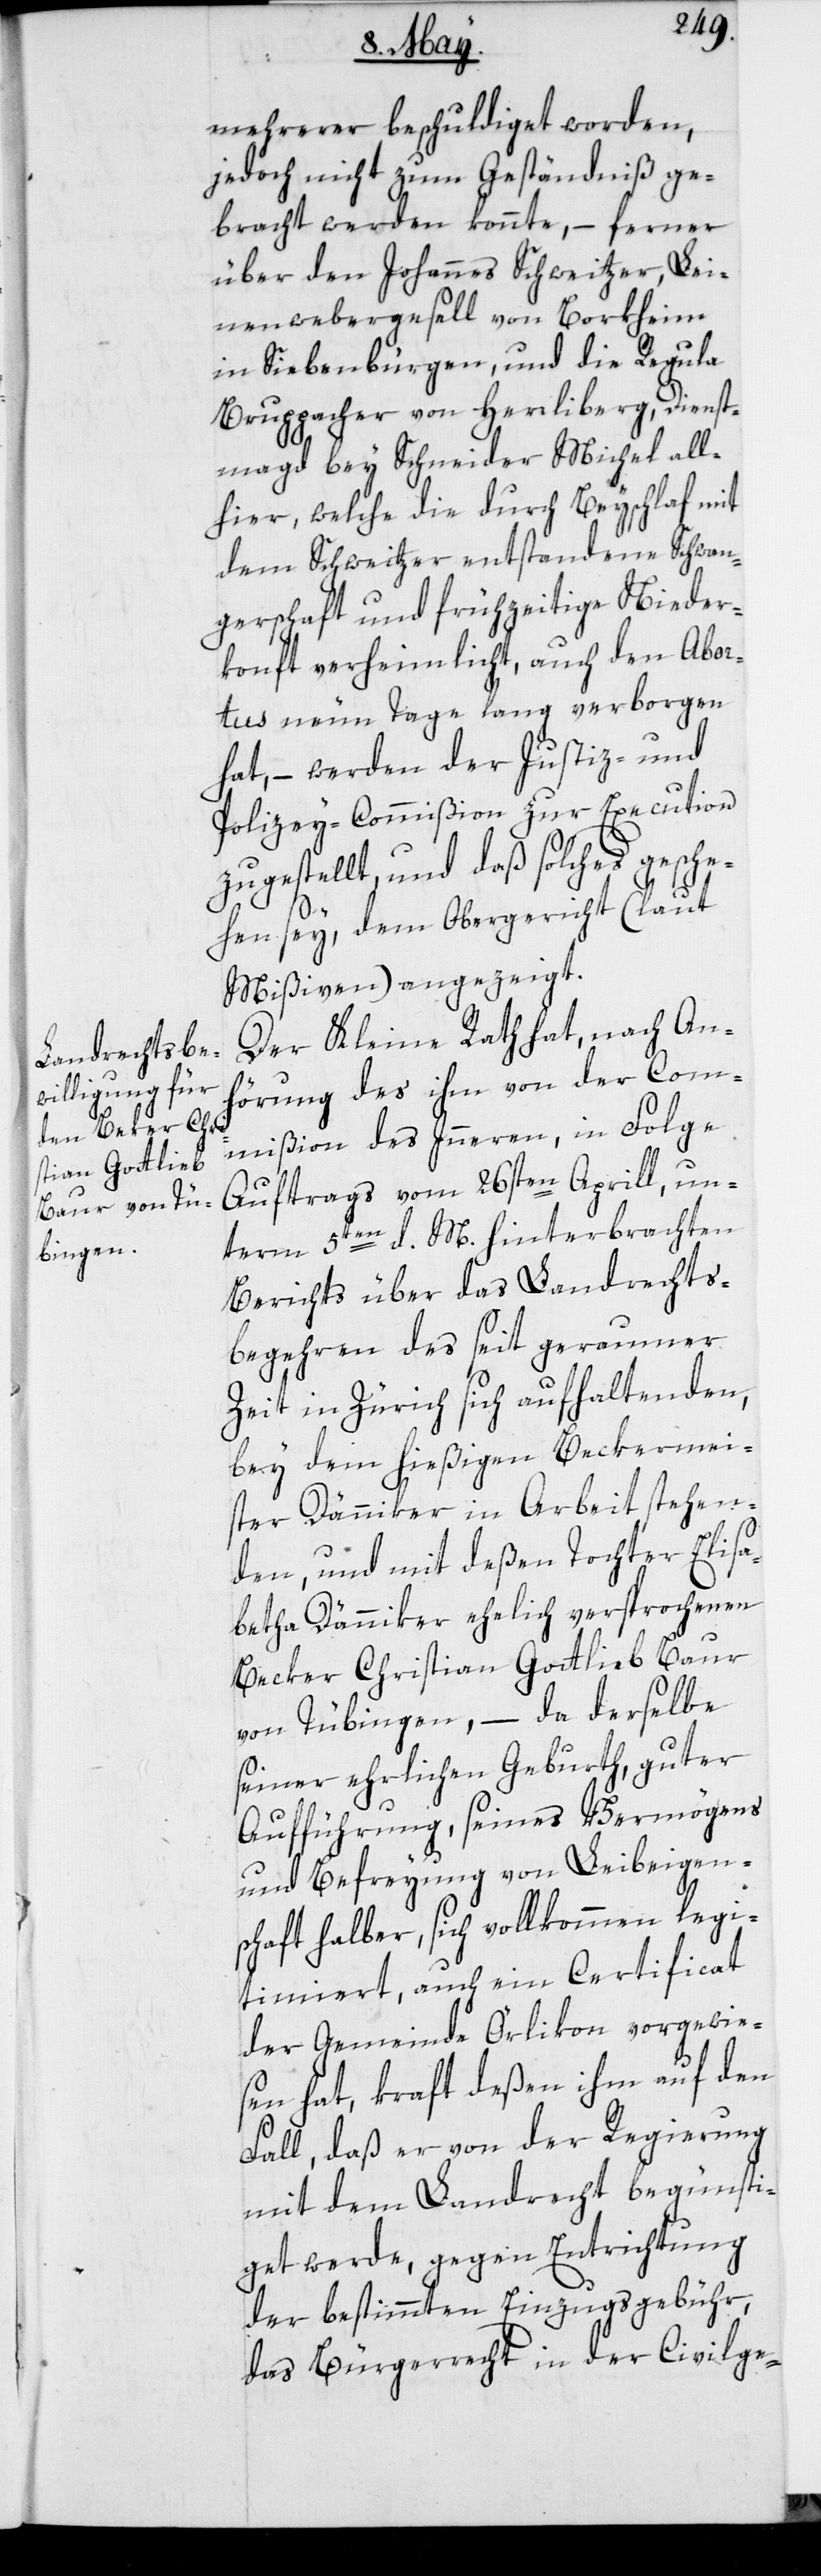
mehrerer beschuldigt worden,
jedoch nicht zum Geständniß ge¬
bracht werden konnte, – ferner
über den Johannes Schweitzer, Lei¬
nenwebergesell von Borkheim
in Siebenbürgen, und die Regula
Bruppacher von Herrliberg, Dienst¬
magd bey Schneider Michel all¬
hier, welche die durch Beyschlaf mit
dem Schweitzer entstandene Schwan¬
gerschaft und frühzeitige Nieder¬
konft verheimlicht, auch den Abor¬
tus neun Tage lang verborgen
hat, – werden der Justiz- und
Polizey-Commißion zur Execution
zugestellt, und daß solches gesche¬
hen sey, dem Obergericht (laut
Mißiven) angezeigt.
Der Kleine Rath hat, nach An¬
hörung des ihm von der Com¬
mißion des Innern, in Folge
Auftrags vom 26sten Aprill, un¬
term 5ten d. M. hinterbrachten
Berichts über das Landrechts¬
begehren des seit geraumer
Zeit in Zürich sich aufhaltenden,
bey dem hießigen Beckermei¬
ster Dänniker in Arbeit stehen¬
den und mit deßen Tochter Elisa¬
betha Dänniker ehelich versprochenen
Becker Christian Gottlieb Baur
von Tübingen, – da derselbe
seiner ehrlichen Geburth, guter
Aufführung, seines Vermögens
und Befreyung von Leibeigen¬
schaft halber, sich vollkommen legi¬
timiert, auch ein Certificat
der Gemeinde Örlikon vorgewie¬
sen hat, kraft deßen ihm auf den
Fall, daß er von der Regierung
mit dem Landrecht begünsti¬
get werde, gegen Entrichtung
der bestimmten Einzugsgebühr,
das Bürgerrecht in der Civilge-